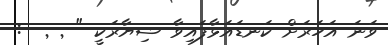
ވަނަ އަހަރަށް ކަނޑައަޅާފައިވާ ޝިޔާރަކީ "